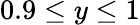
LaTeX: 0.9\leq y\leq 1